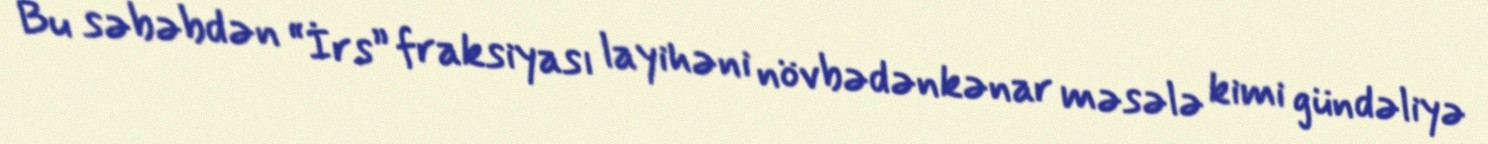
Bu səbəbdən “İrs” fraksiyası layihəni növbədənkənar məsələ kimi gündəliyə